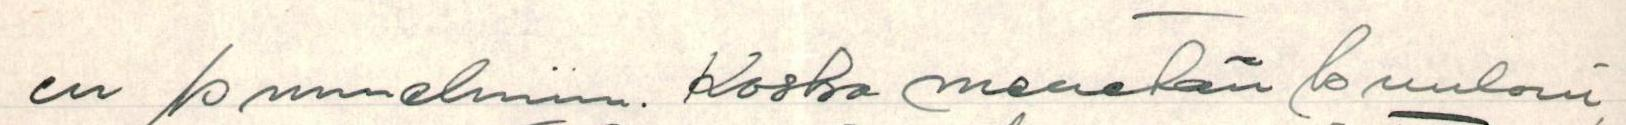
en kuunelmiin. Koska menetän kuuloni,